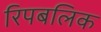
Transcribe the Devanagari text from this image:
रिपबलिक